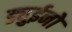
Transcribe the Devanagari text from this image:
ड्युईनो